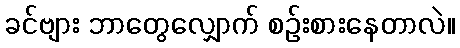
ခင်ဗျား ဘာတွေလျှောက် စဉ်းစားနေတာလဲ။